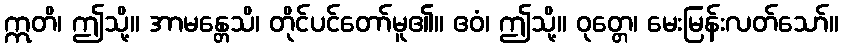
ဣတိ၊ ဤသို့။ အာမန္တေသိ၊ တိုင်ပင်တော်မူ၏။ ဧဝံ၊ ဤသို့။ ဝုတ္တေ၊ မေးမြန်းလတ်သော်။